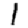
Digit: 1